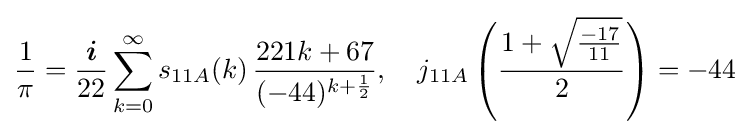
{\frac {1}{\pi }}={\frac {\boldsymbol {i}}{22}}\sum _{k=0}^{\infty }s_{11A}(k)\,{\frac {221k+67}{(-44)^{k+{\frac {1}{2}}}}},\quad j_{11A}\left({\frac {1+{\sqrt {\frac {-17}{11}}}}{2}}\right)=-44